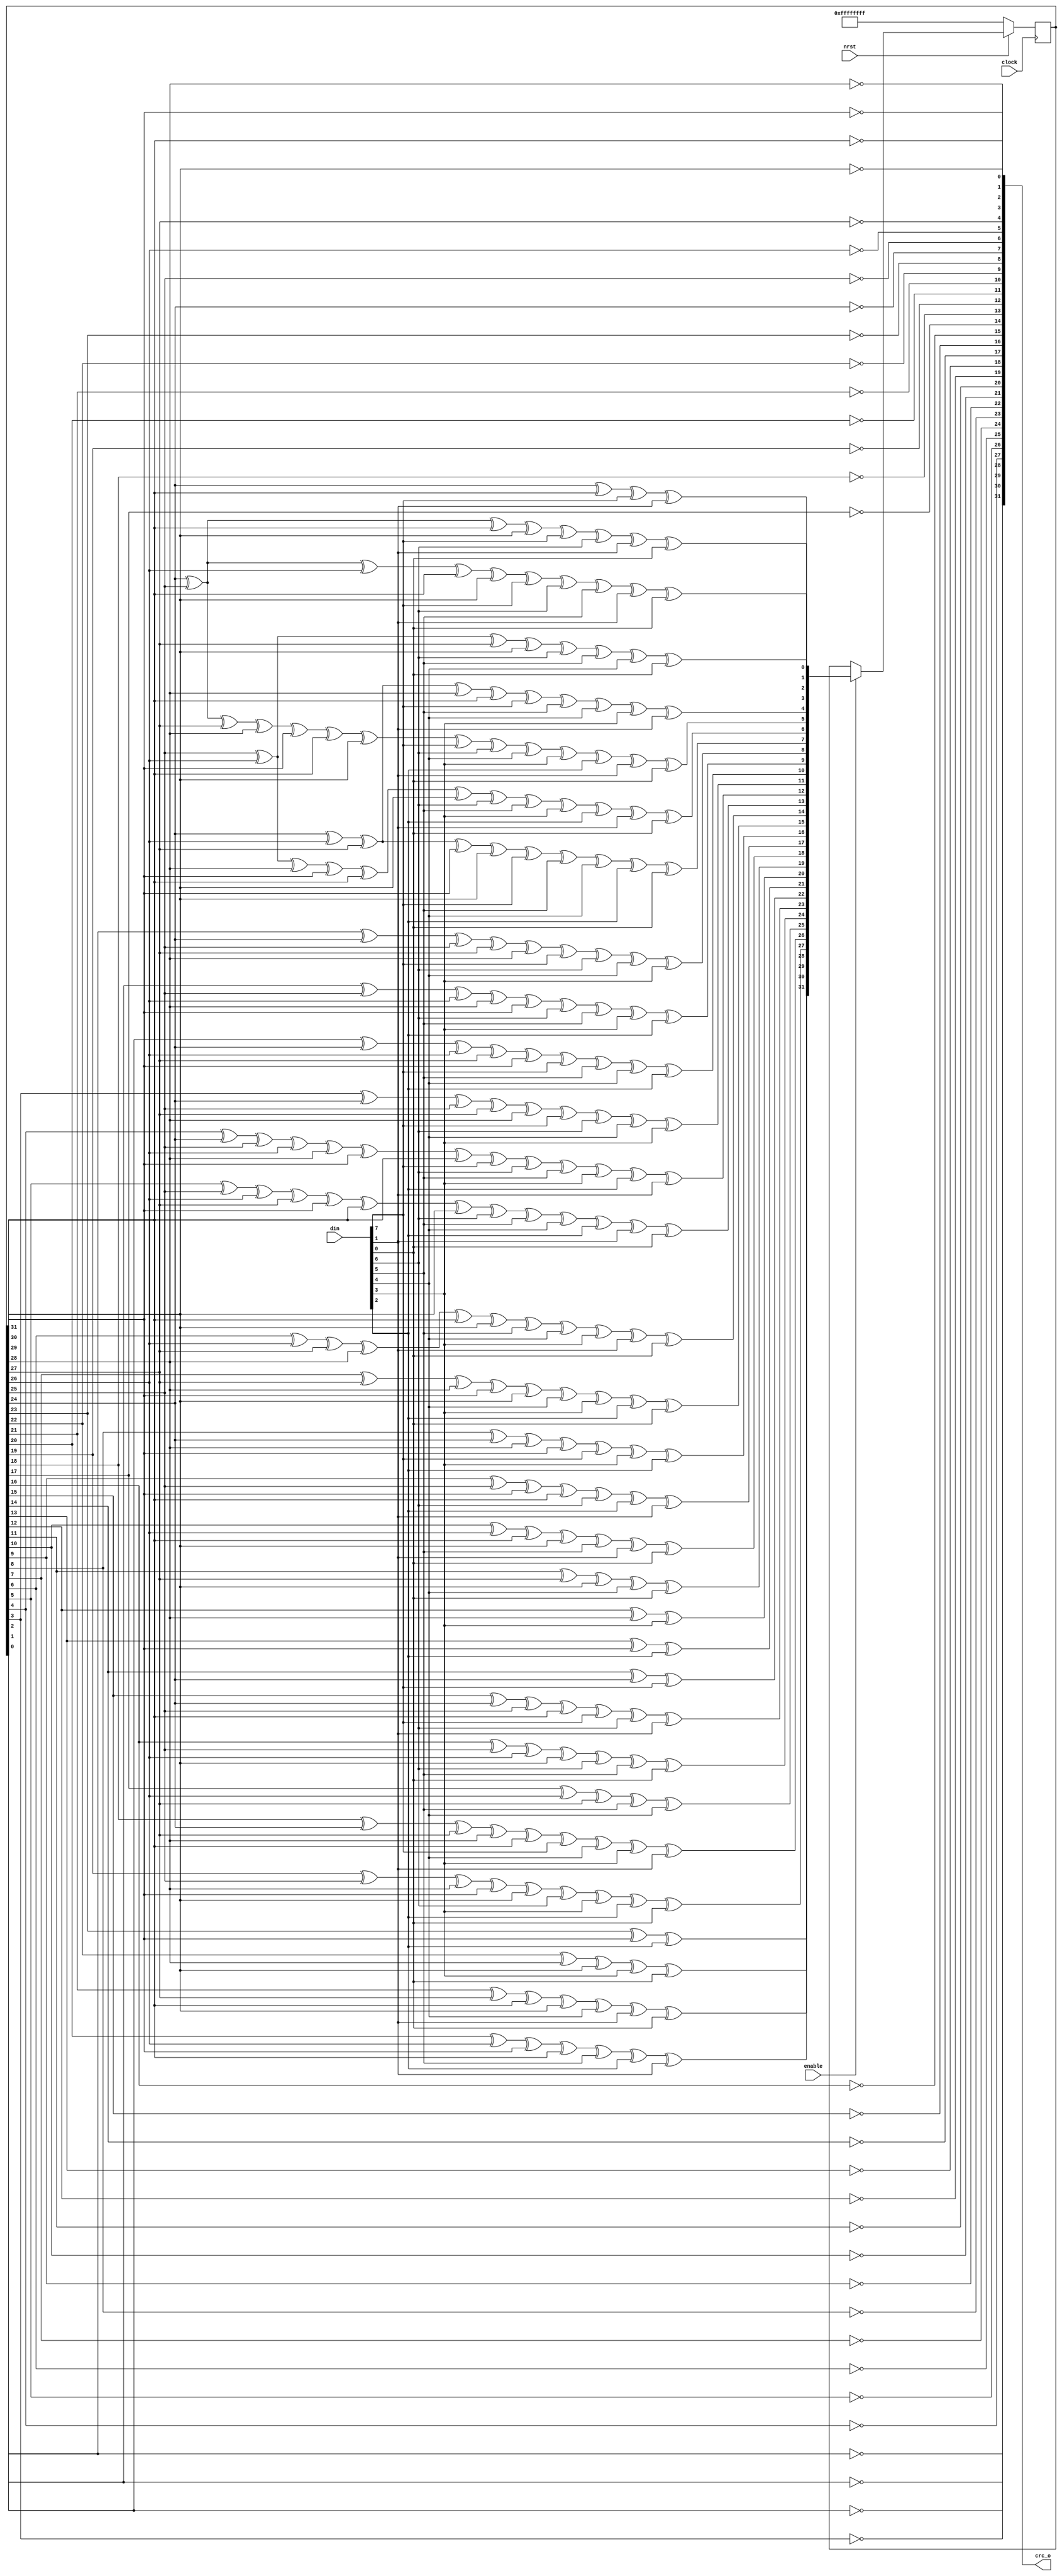
// This program was cloned from: https://github.com/briansune/USB-PD-3.1-Verilog
// License: MIT License

//  ____         _                ____                      
// | __ )  _ __ (_)  __ _  _ __  / ___|  _   _  _ __    ___ 
// |  _ \ | '__|| | / _` || '_ \ \___ \ | | | || '_ \  / _ \
// | |_) || |   | || (_| || | | | ___) || |_| || | | ||  __/
// |____/ |_|   |_| \__,_||_| |_||____/  \__,_||_| |_| \___|
//                                                          
// Programed By: BrianSune
// Contact: briansune@gmail.com
// 


`timescale 1ns/1ps


module crc32(
	
	input				nrst,
	input				clock,
	input				enable,
	
	input	[7 : 0]		din,
	output	[31 : 0]	crc_o
);
	
	wire	[31 : 0]	CrcNext;
	wire	[7 : 0]		Data;
	reg		[31 : 0]	Crc;
	
	genvar i;
	
	generate
		for(i=0;i<8;i=i+1)begin : refin_yes
			assign Data[i]=din[7-i];
		end
	endgenerate
	// assign Data=din;
	
	assign CrcNext[0] = Crc[24] ^ Crc[30] ^ Data[0] ^ Data[6];
	assign CrcNext[1] = Crc[24] ^ Crc[25] ^ Crc[30] ^ Crc[31] ^ Data[0] ^ Data[1] ^ Data[6] ^ Data[7];
	assign CrcNext[2] = Crc[24] ^ Crc[25] ^ Crc[26] ^ Crc[30] ^ Crc[31] ^ Data[0] ^ Data[1] ^ Data[2] ^ Data[6] ^ Data[7];
	assign CrcNext[3] = Crc[25] ^ Crc[26] ^ Crc[27] ^ Crc[31] ^ Data[1] ^ Data[2] ^ Data[3] ^ Data[7];
	assign CrcNext[4] = Crc[24] ^ Crc[26] ^ Crc[27] ^ Crc[28] ^ Crc[30] ^ Data[0] ^ Data[2] ^ Data[3] ^ Data[4] ^ Data[6];
	assign CrcNext[5] = Crc[24] ^ Crc[25] ^ Crc[27] ^ Crc[28] ^ Crc[29] ^ Crc[30] ^ Crc[31] ^ Data[0] ^ Data[1] ^ Data[3] ^ Data[4] ^ Data[5] ^ Data[6] ^ Data[7];
	assign CrcNext[6] = Crc[25] ^ Crc[26] ^ Crc[28] ^ Crc[29] ^ Crc[30] ^ Crc[31] ^ Data[1] ^ Data[2] ^ Data[4] ^ Data[5] ^ Data[6] ^ Data[7];
	assign CrcNext[7] = Crc[24] ^ Crc[26] ^ Crc[27] ^ Crc[29] ^ Crc[31] ^ Data[0] ^ Data[2] ^ Data[3] ^ Data[5] ^ Data[7];
	assign CrcNext[8] = Crc[0] ^ Crc[24] ^ Crc[25] ^ Crc[27] ^ Crc[28] ^ Data[0] ^ Data[1] ^ Data[3] ^ Data[4];
	assign CrcNext[9] = Crc[1] ^ Crc[25] ^ Crc[26] ^ Crc[28] ^ Crc[29] ^ Data[1] ^ Data[2] ^ Data[4] ^ Data[5];
	assign CrcNext[10] = Crc[2] ^ Crc[24] ^ Crc[26] ^ Crc[27] ^ Crc[29] ^ Data[0] ^ Data[2] ^ Data[3] ^ Data[5];
	assign CrcNext[11] = Crc[3] ^ Crc[24] ^ Crc[25] ^ Crc[27] ^ Crc[28] ^ Data[0] ^ Data[1] ^ Data[3] ^ Data[4];
	assign CrcNext[12] = Crc[4] ^ Crc[24] ^ Crc[25] ^ Crc[26] ^ Crc[28] ^ Crc[29] ^ Crc[30] ^ Data[0] ^ Data[1] ^ Data[2] ^ Data[4] ^ Data[5] ^ Data[6];
	assign CrcNext[13] = Crc[5] ^ Crc[25] ^ Crc[26] ^ Crc[27] ^ Crc[29] ^ Crc[30] ^ Crc[31] ^ Data[1] ^ Data[2] ^ Data[3] ^ Data[5] ^ Data[6] ^ Data[7];
	assign CrcNext[14] = Crc[6] ^ Crc[26] ^ Crc[27] ^ Crc[28] ^ Crc[30] ^ Crc[31] ^ Data[2] ^ Data[3] ^ Data[4] ^ Data[6] ^ Data[7];
	assign CrcNext[15] =  Crc[7] ^ Crc[27] ^ Crc[28] ^ Crc[29] ^ Crc[31] ^ Data[3] ^ Data[4] ^ Data[5] ^ Data[7];
	assign CrcNext[16] = Crc[8] ^ Crc[24] ^ Crc[28] ^ Crc[29] ^ Data[0] ^ Data[4] ^ Data[5];
	assign CrcNext[17] = Crc[9] ^ Crc[25] ^ Crc[29] ^ Crc[30] ^ Data[1] ^ Data[5] ^ Data[6];
	assign CrcNext[18] = Crc[10] ^ Crc[26] ^ Crc[30] ^ Crc[31] ^ Data[2] ^ Data[6] ^ Data[7];
	assign CrcNext[19] = Crc[11] ^ Crc[27] ^ Crc[31] ^ Data[3] ^ Data[7];
	assign CrcNext[20] = Crc[12] ^ Crc[28] ^ Data[4];
	assign CrcNext[21] = Crc[13] ^ Crc[29] ^ Data[5];
	assign CrcNext[22] = Crc[14] ^ Crc[24] ^ Data[0];
	assign CrcNext[23] = Crc[15] ^ Crc[24] ^ Crc[25] ^ Crc[30] ^ Data[0] ^ Data[1] ^ Data[6];
	assign CrcNext[24] = Crc[16] ^ Crc[25] ^ Crc[26] ^ Crc[31] ^ Data[1] ^ Data[2] ^ Data[7];
	assign CrcNext[25] = Crc[17] ^ Crc[26] ^ Crc[27] ^ Data[2] ^ Data[3];
	assign CrcNext[26] = Crc[18] ^ Crc[24] ^ Crc[27] ^ Crc[28] ^ Crc[30] ^ Data[0] ^ Data[3] ^ Data[4] ^ Data[6];
	assign CrcNext[27] = Crc[19] ^ Crc[25] ^ Crc[28] ^ Crc[29] ^ Crc[31] ^ Data[1] ^ Data[4] ^ Data[5] ^ Data[7];
	assign CrcNext[28] = Crc[20] ^ Crc[26] ^ Crc[29] ^ Crc[30] ^ Data[2] ^ Data[5] ^ Data[6];
	assign CrcNext[29] = Crc[21] ^ Crc[27] ^ Crc[30] ^ Crc[31] ^ Data[3] ^ Data[6] ^ Data[7];
	assign CrcNext[30] = Crc[22] ^ Crc[28] ^ Crc[31] ^ Data[4] ^ Data[7];
	assign CrcNext[31] = Crc[23] ^ Crc[29] ^ Data[5];
	
	always @ (posedge clock)begin
	if (!nrst) begin
	Crc <= {32{1'b1}};
	end
	else if (enable)
	Crc <= CrcNext;
	end
	
	// assign crc_o = Crc;
	generate
		for(i=0;i<32;i=i+1)begin : refout_yes
			// assign crc_o[i]=Crc[31-i];
			assign crc_o[i]=~Crc[31-i];
		end
	endgenerate
	
endmodule